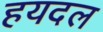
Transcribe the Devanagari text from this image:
हयदल